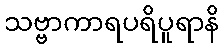
သဗ္ဗာကာရပရိပူရာနိ